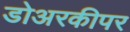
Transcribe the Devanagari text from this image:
डोअरकीपर